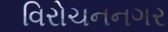
વિરોચનનગર